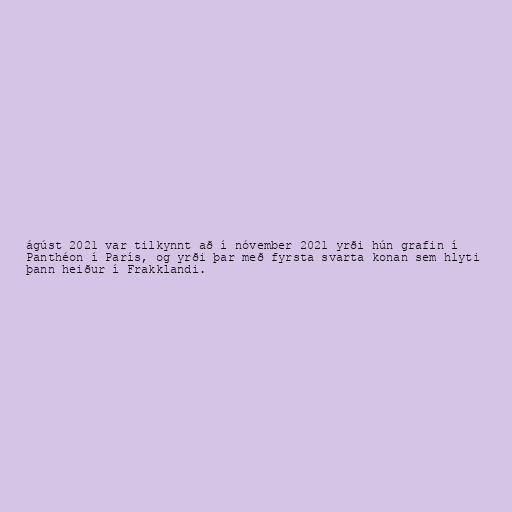
ágúst 2021 var tilkynnt að í nóvember 2021 yrði hún grafin í
Panthéon í París, og yrði þar með fyrsta svarta konan sem hlyti
þann heiður í Frakklandi.